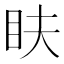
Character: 𥄑